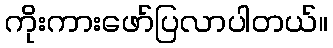
ကိုးကားဖော်ပြလာပါတယ်။